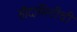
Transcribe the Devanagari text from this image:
सौदामिनीची